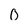
Character: 0